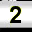
Digit: 2